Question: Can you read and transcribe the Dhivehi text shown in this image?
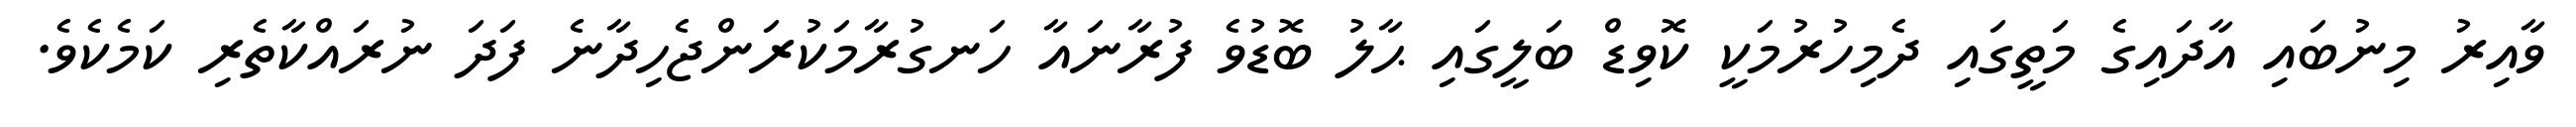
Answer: ވާއިރު މިނުބައި އާދައިގެ މަތީގައި ދެމިހުރުމަކީ ކޮވިޑް ބަލީގައި ޙާލު ބޮޑުވެ ފުރާނައާ ހަނގުރާމަކުރަންޖެހިދާނެ ފަދަ ނުރައްކާތެރި ކަމެކެވެ.